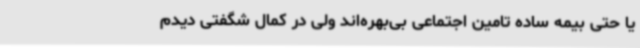
یا حتی بیمه ساده تامین اجتماعی بی‌بهره‌اند ولی در کمال شگفتی دیدم